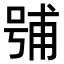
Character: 𭈶